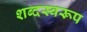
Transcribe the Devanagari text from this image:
शब्दस्वरूप